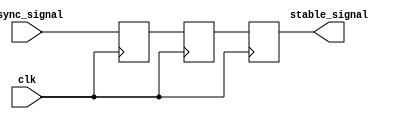
module meta_stability_filter #(
    parameter WIDTH = 1  // Width of the signal to be synchronized
)(
    input wire clk,                // Clock input for the synchronous domain
    input wire async_signal,       // Asynchronous input signal
    output reg [WIDTH-1:0] stable_signal // Synchronized and stabilized output signal
);

    // Internal signals for dual-stage flip-flops
    reg [WIDTH-1:0] sync_ff_1;  // First stage flip-flop
    reg [WIDTH-1:0] sync_ff_2;  // Second stage flip-flop

    // First stage: Capture the incoming asynchronous signal
    always @(posedge clk) begin
        sync_ff_1 <= async_signal; // Capture async signal in the first flip-flop
    end

    // Second stage: Sample the output from the first flip-flop
    always @(posedge clk) begin
        sync_ff_2 <= sync_ff_1; // Capture the output of the first flip-flop
    end

    // Assign the stable signal output
    always @(posedge clk) begin
        stable_signal <= sync_ff_2; // Final stabilized output
    end

endmodule